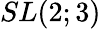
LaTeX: SL(2;3)